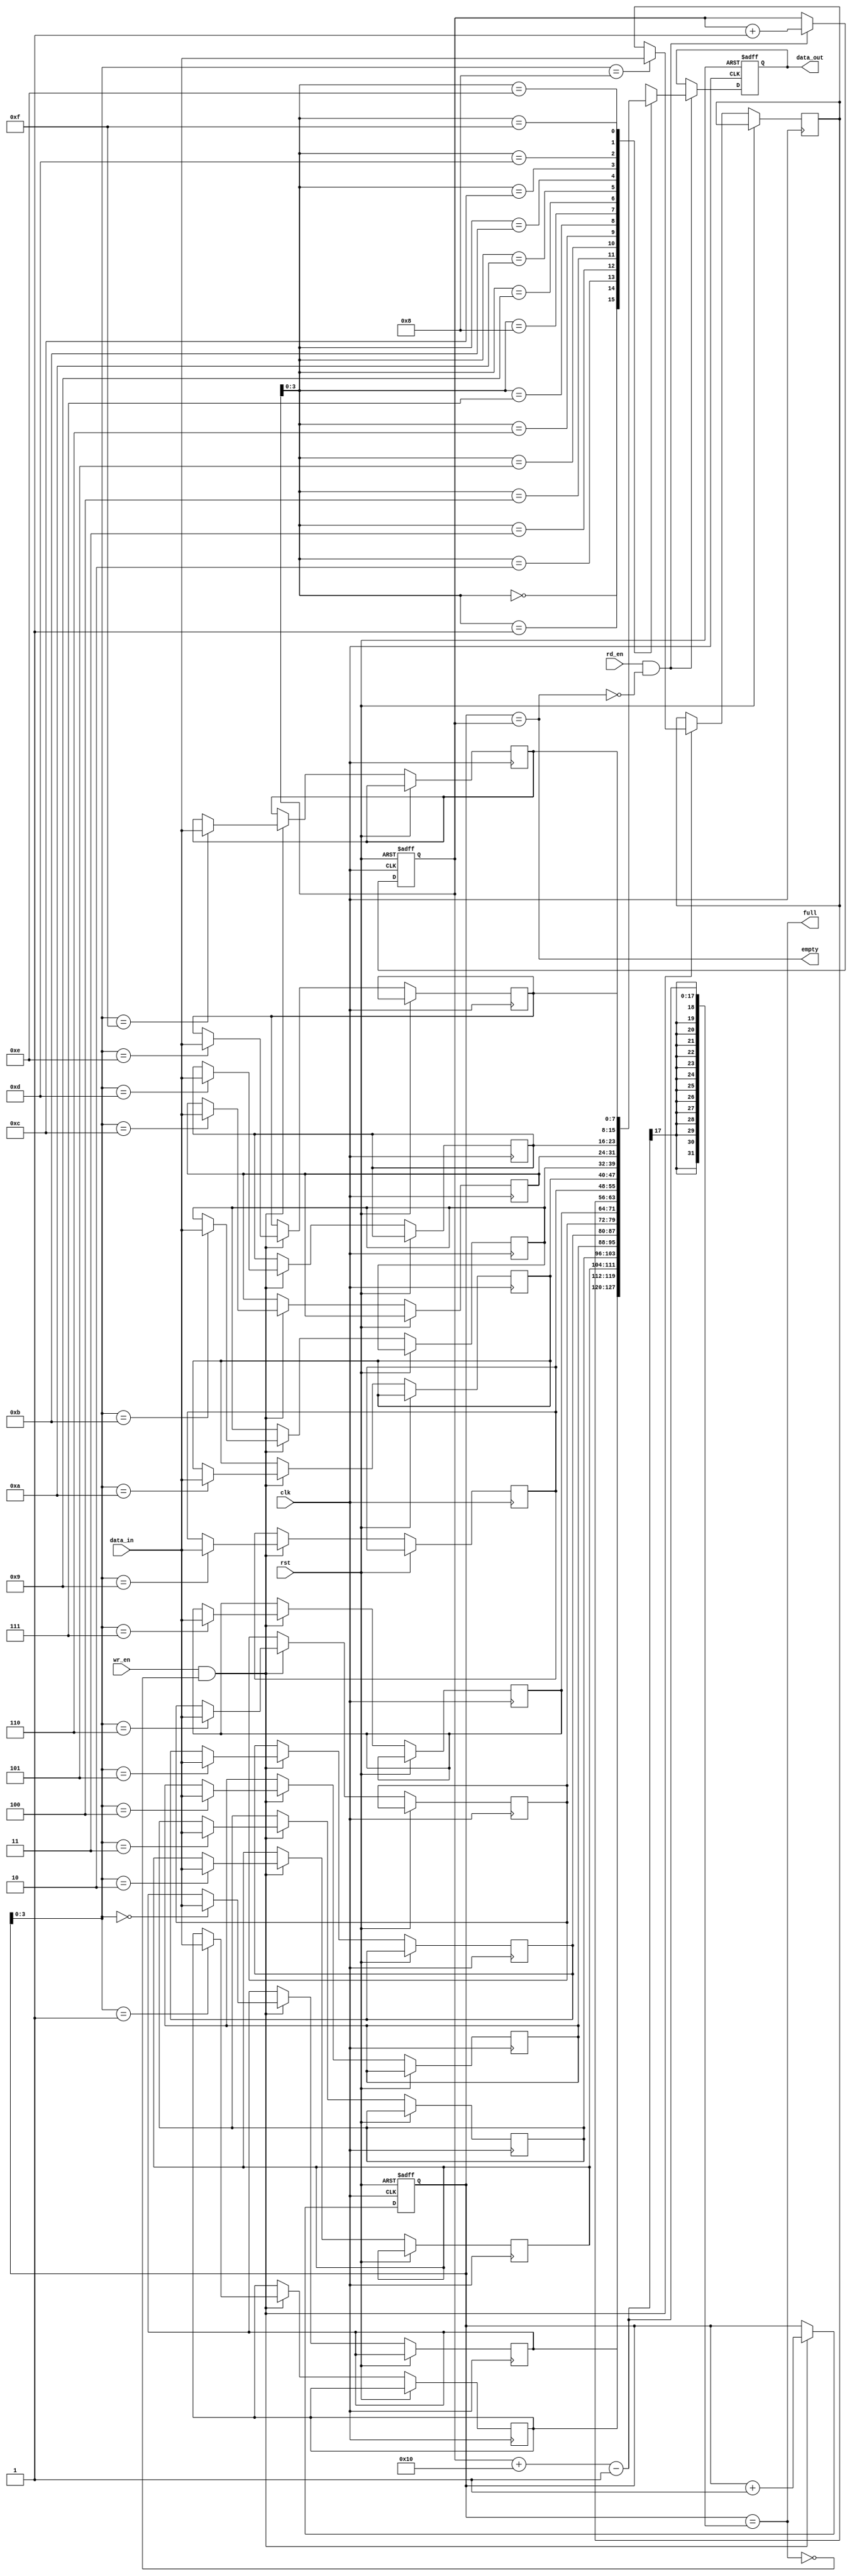
module fifo_buffer #(
    parameter DATA_WIDTH = 8,
    parameter BUFFER_DEPTH = 16
)(
    input wire clk,
    input wire rst,
    input wire wr_en,
    input wire rd_en,
    input wire [DATA_WIDTH-1:0] data_in,
    output wire [DATA_WIDTH-1:0] data_out,
    output wire full,
    output wire empty
);

reg [DATA_WIDTH-1:0] buffer [0:BUFFER_DEPTH-1];
reg [DATA_WIDTH-1:0] data_out_reg;
reg [BUFFER_DEPTH-1:0] wr_ptr;
reg [BUFFER_DEPTH-1:0] rd_ptr;

assign data_out = data_out_reg;
assign full = (wr_ptr == (rd_ptr + BUFFER_DEPTH - 1));
assign empty = (wr_ptr == rd_ptr);

always @(posedge clk or posedge rst) begin
    if (rst) begin
        wr_ptr <= 0;
        rd_ptr <= 0;
        data_out_reg <= 0;
    end else begin
        if (wr_en && !full) begin
            buffer[wr_ptr] <= data_in;
            wr_ptr <= wr_ptr + 1;
        end

        if (rd_en && !empty) begin
            data_out_reg <= buffer[rd_ptr];
            rd_ptr <= rd_ptr + 1;
        end
    end
end

endmodule